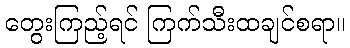
တွေးကြည့်ရင် ကြက်သီးထချင်စရာ။